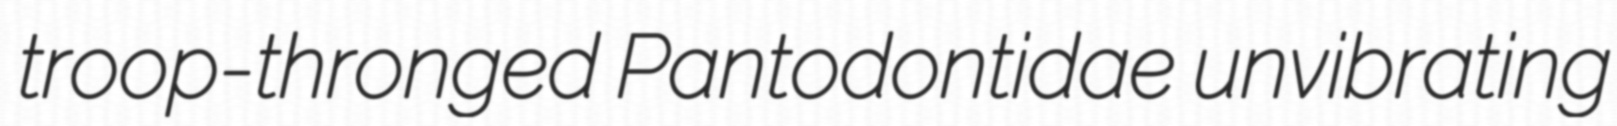
troop-thronged Pantodontidae unvibrating